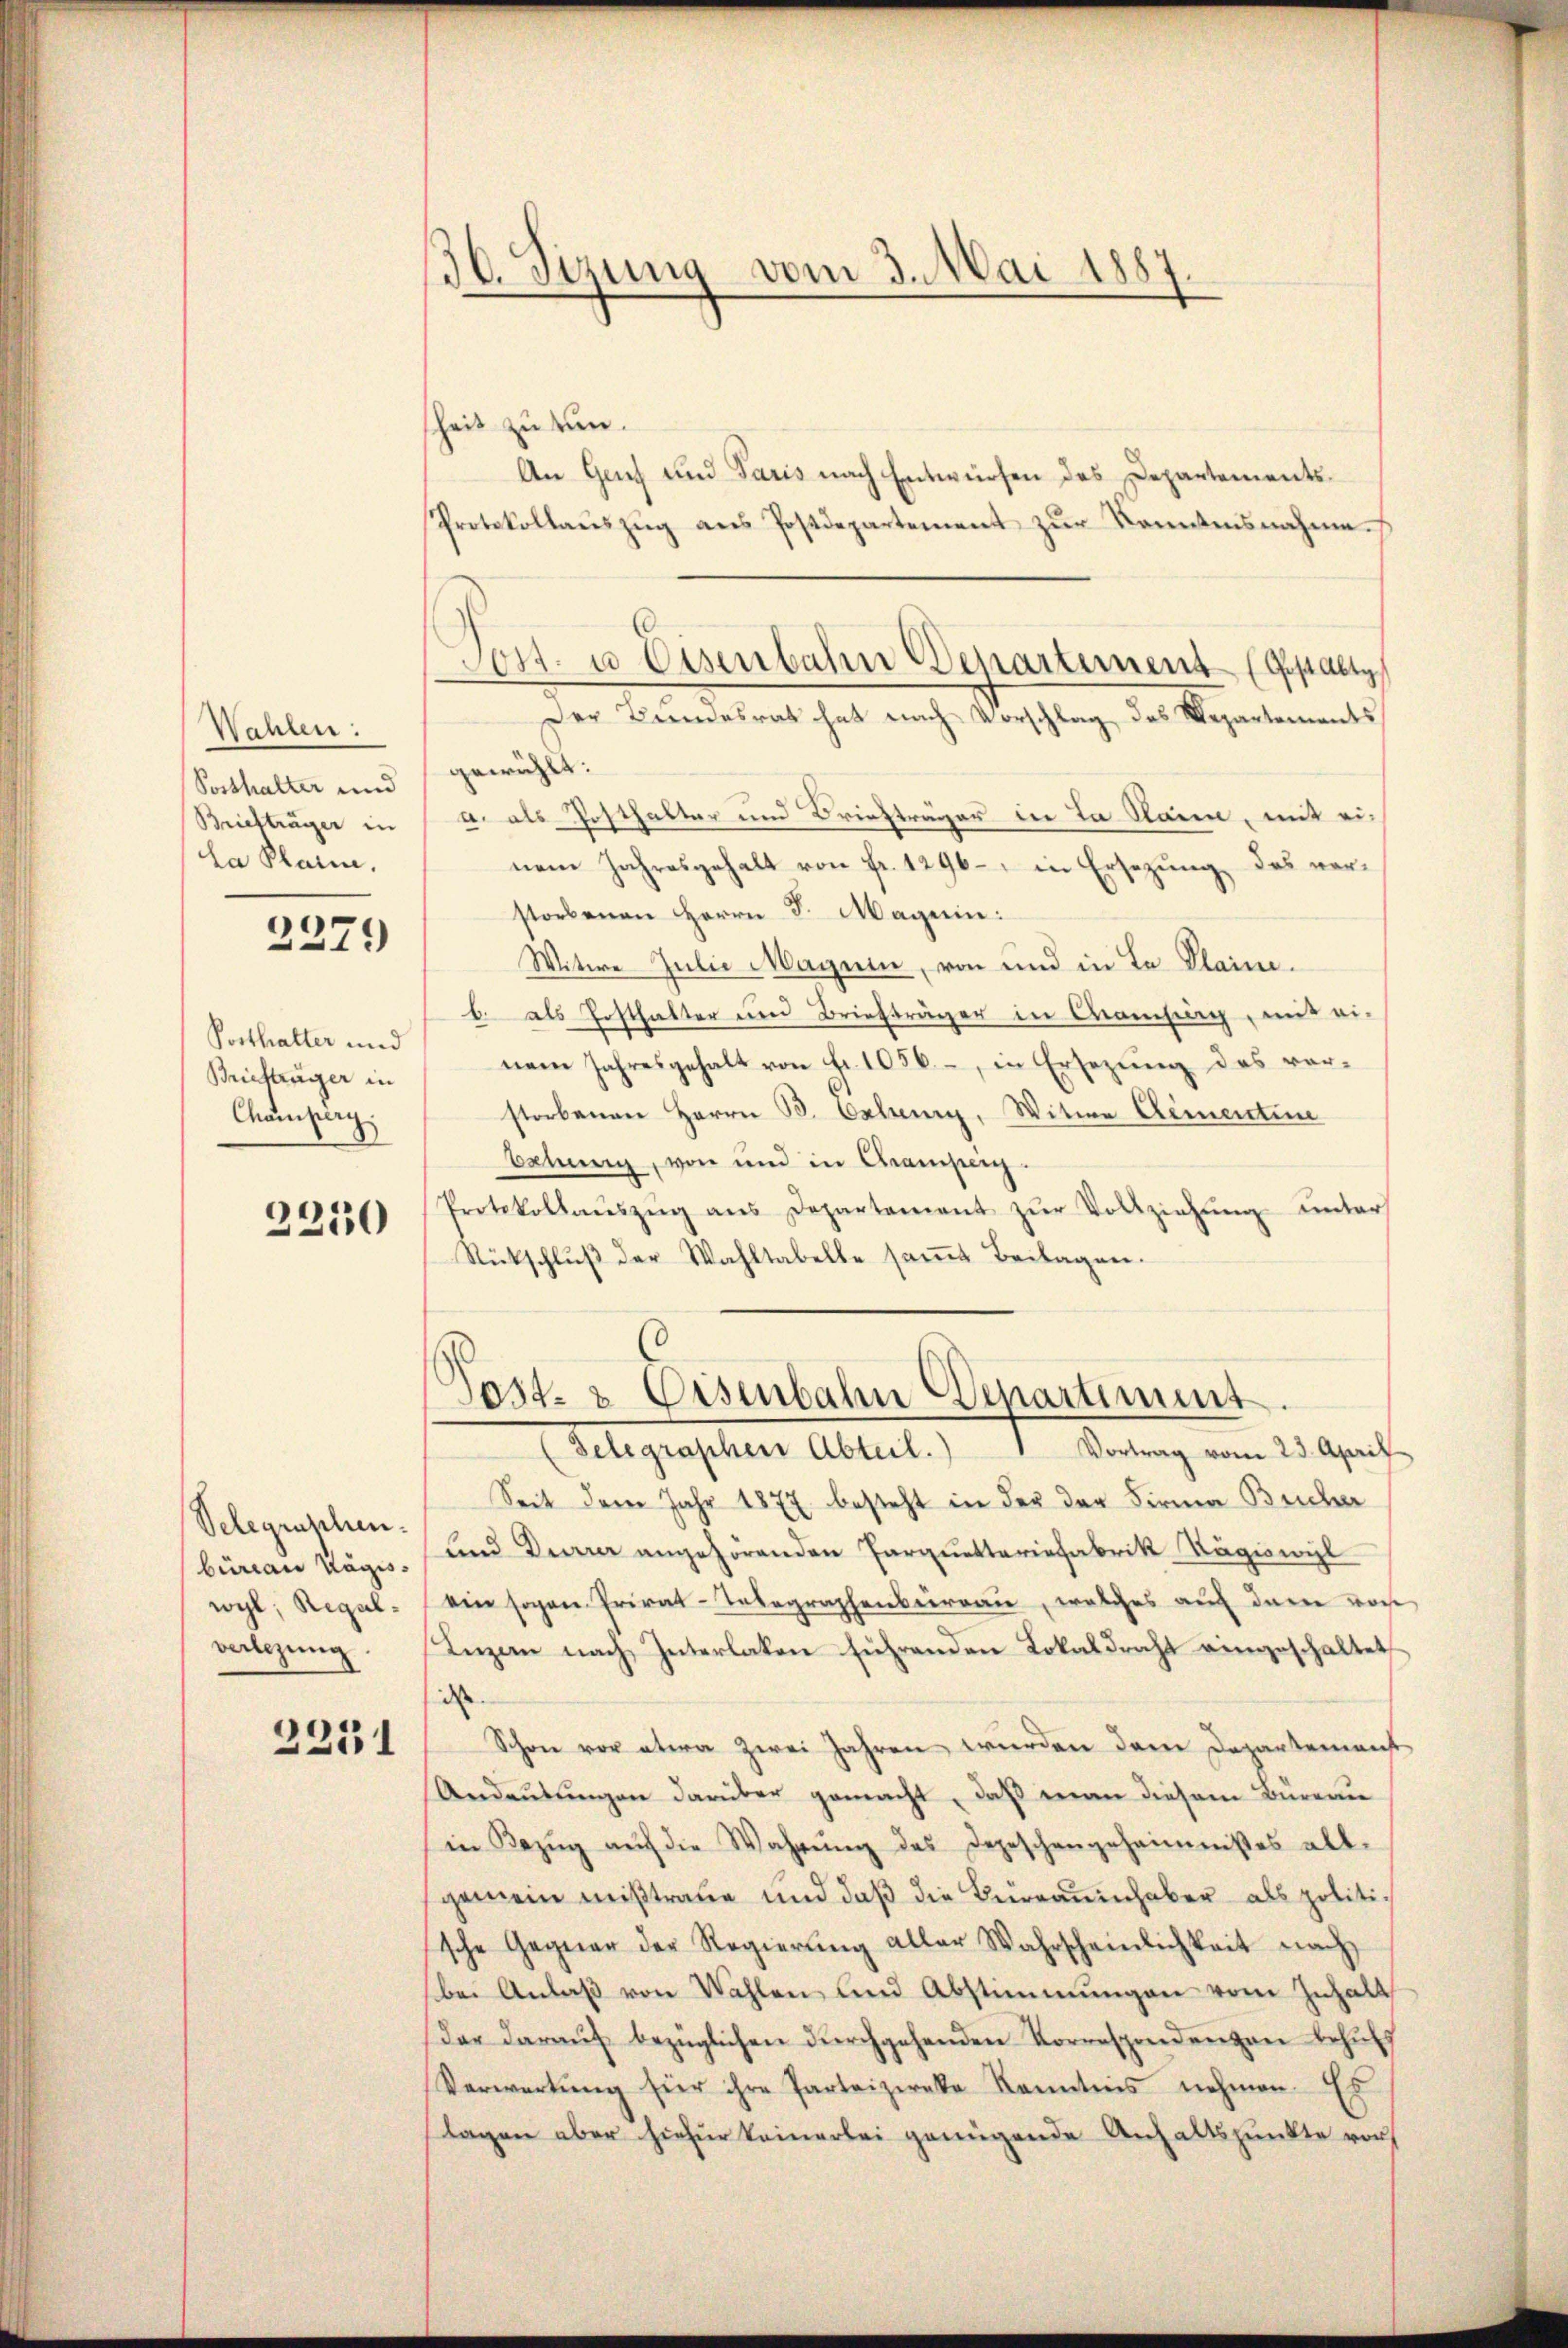
Wahlen:
Posthalter und
Briefträger in
la Plain.

2279

Briefträger in
Champerg.

2250

Selegraschen.
büreau Kägis-
wyl, Regalverlegung.

2251

36. Sizung vom 3. Mai 1887.

heit zu tun.
An Genf und Paris nach Entwürfen des Departements¬
Protokollaŭszŭg ans Postdepartement zŭr Konntensnahme.
Der Bundesrat hat nach Vorschlag des Departements
gewählt:
u. als Posthalter und Briefträger in da kann, mit einem Jahresgehalt von Fr. 1296. in Ersezung des verstorbenen Herrn D. Magen:
Witwe Julie Magnen, von und in La Plaine.
b. als Posthalter und Briefträger in Camburg, mit ei-
Posthalter und nem Jahresgehalt von Fr. 1056, in Ersezung des verstorbenen Herrn B. Eschen, Witwe Clementine
bahung, von und in Chramperg.
Protokollaŭszŭg ans Departement zŭr Vollziehŭng ŭnter
Rückschlŭβ der Wahltabelle saṁt Beilagen.
¬

.
Post- u Eisenbahn Departement (gestalte

Tast- & Eisenbahn Departiment.

(Gelegraphen Abteil. 1 Vortrag vom 23. April
Seit dem Jahr 1877 besteht in der der Firma Bucher
Lnd Dürrer angehörenden Parquetteriefabrik Rägiswil
ein sogene Privat-Telegraphenberau, welches auch darin vorh
Inzen nach Interlaken führenden Lokaldraht eingeschaltet
d
Schon vor etwa zwei Jahren würden dem Departement
Andeutungen darüber gemacht, daß man diesem Bürenie
in Bezŭg aŭf die Wahrŭng des Depeschengeheimnises all-
gemein mißtraue und daß die Büreaumhaber als politische Gegner der Regierŭng aller Wahrscheinlichkeit nach
bei Anlaß von Wahlen und Abstimmungen vom Inhalt
Dar daraŭf bezüglichen dŭrchgehenden Korrespondenzen behŭfs
Verwartŭng für ihre Parteizireke Kenntnis nehmen. Es
Tagen aber hiefür keinerlei genügende Anhaltspunkte von